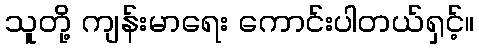
သူတို့ ကျန်းမာရေး ကောင်းပါတယ်ရှင့်။